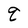
Character: q